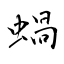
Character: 蝸